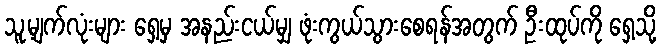
သူ့မျက်လုံးများ ရှေ့မှ အနည်းငယ်မျှ ဖုံးကွယ်သွားစေရန်အတွက် ဦးထုပ်ကို ရှေ့သို့